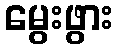
မွေးဖွား